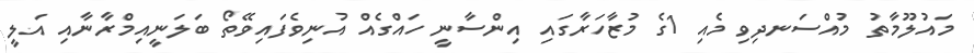
މައުލޫމާތު މުއްސަނދިވި މެއި 1ގެ މުޒާހަރާގައި އިންސާނީ ހައްގެއް އުނިވެފައިވޭތޯ ބަލަނީއިމްރާނާއި އަލީ